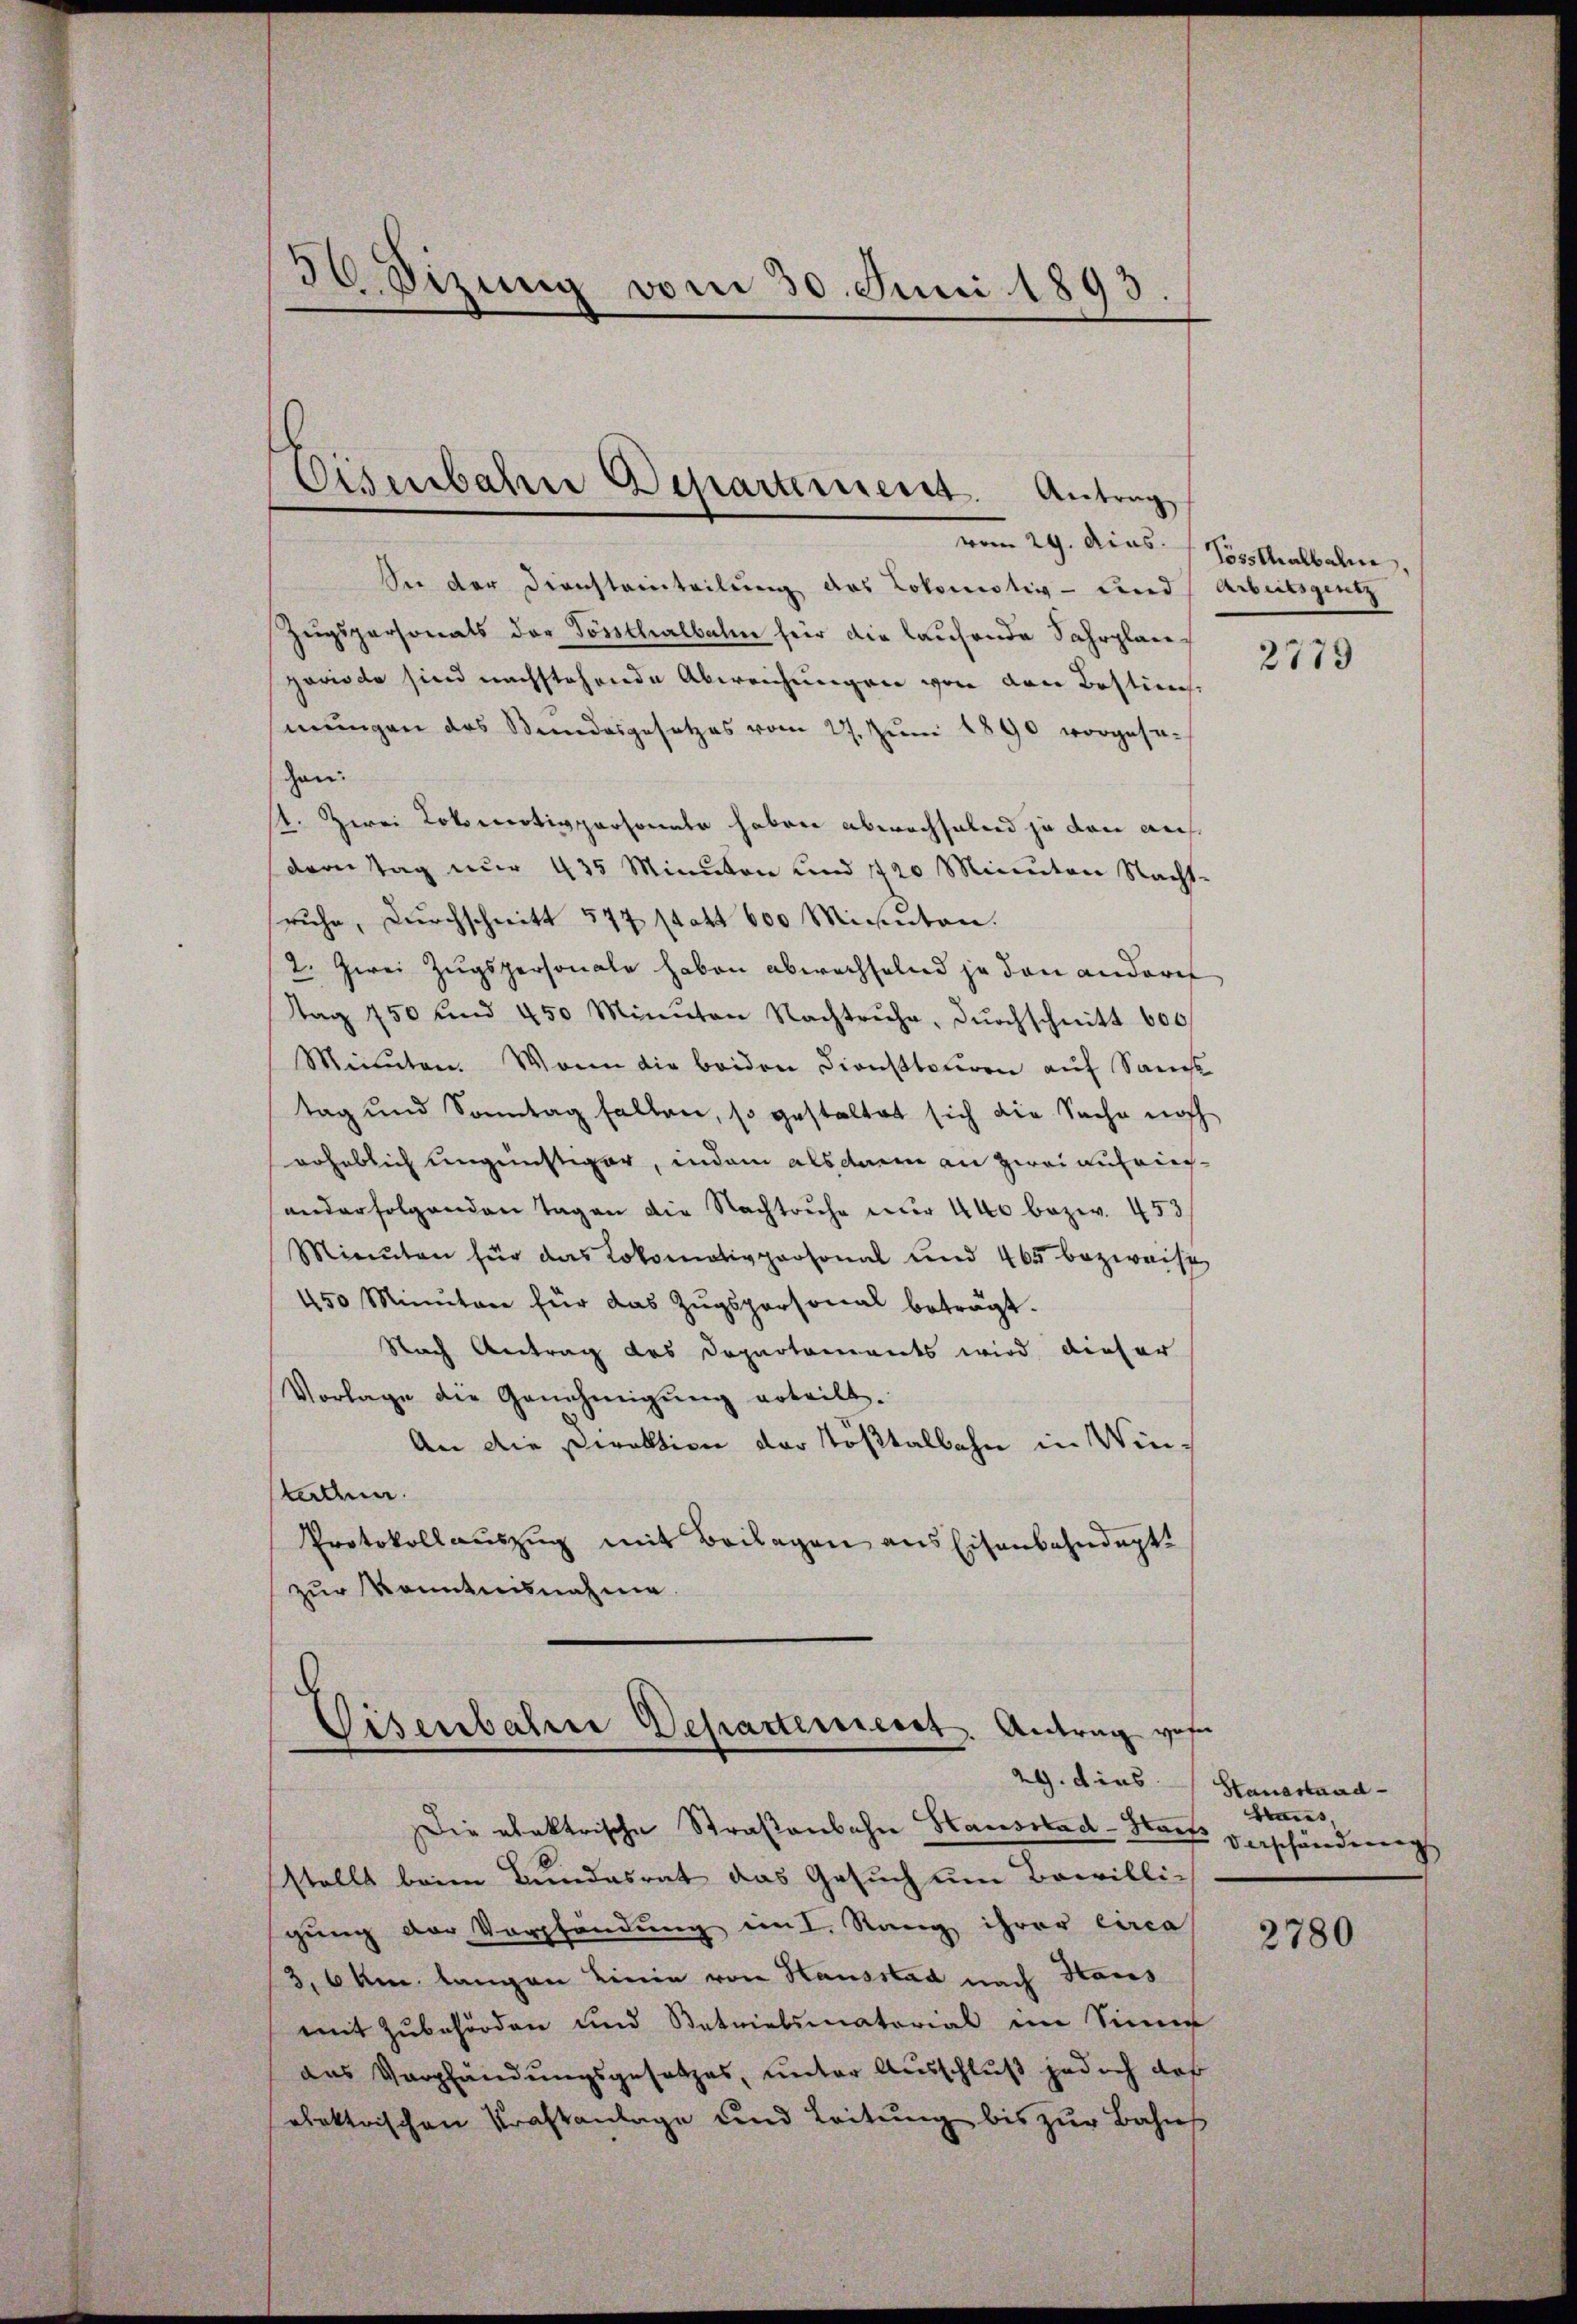
30 Sizung vom 30. Juni 1893.

Sie der Diensteinteilung des Lokomotiv- und Arbeitsgen
Zugspersonals der Sössthalbahn für die laufende Fahrplanperiode sind nachstehende Abweichungen von den Bestimme
mungen des Stundesgesetzes vom 27. Jŭni 1890 vorgese-
gen:
A. Zwei Lokomotivparsandte haben abwechselnd ja den ausdrontag nur 435 Minuten und 1720 Minuten Nacht-
sruhe, durchschnitt 577 statt 600 Minuten.
2. Zwei Zugspersonale haben abwechselnd ja den anderes
tag 250 und 450 Minuten Nachtruhe, dŭrchschnitt 600
Minuten. Wann die beiden Dienstbauren auf Sanit
tag und Sonntag fallen, so gestaltet sich die Sache noch
erheblich ungünstiger, indem alsdann an zwei auf einanderfolgenden Tagen die Nachtruhe nur 440 bezw. 453
Minuten für das Lokomotivpersonal und 465 bezweife
450 Minuten für das Zŭgspersonal beträgt.
Nach Antrag des Departements wird dieser
Vorlage die Genehmigŭng erteilt.
An die Direktion der Tößtalbahn in Wintaten.
Protokollauszug mit Beilagen aus Eisenbahndapt
zur Kenntnisnahme

Eisenbahre Departement. Antrag

Visenbahre Departement. Antrag von
29. dies

vom 29. Das Spitalbalm,

Die elektrische Straßenbahn Hausstad-Hauf
stellt beim Bundesrat das Gesuch um Bewilligung der Verpfändung im I. Rang ihrer circa
3,6 km langen Linie von Hausstad nach Haus
mit Zubehörden und Betrielsmatorial im Sinne
aas Verpfändungsgesetzes, unter Ausschluß jedoch daß
elektrischen Kraftanlage und Leitung bis zur Bahns

2779

Hanastand
Haus,
Verschändung

2780